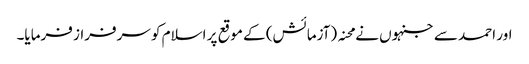
اور احمد سے جنہوں نے محنہ (آزمائش) کے موقع پر اسلام کو سرفراز فرمایا۔